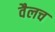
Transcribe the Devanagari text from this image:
वैलच